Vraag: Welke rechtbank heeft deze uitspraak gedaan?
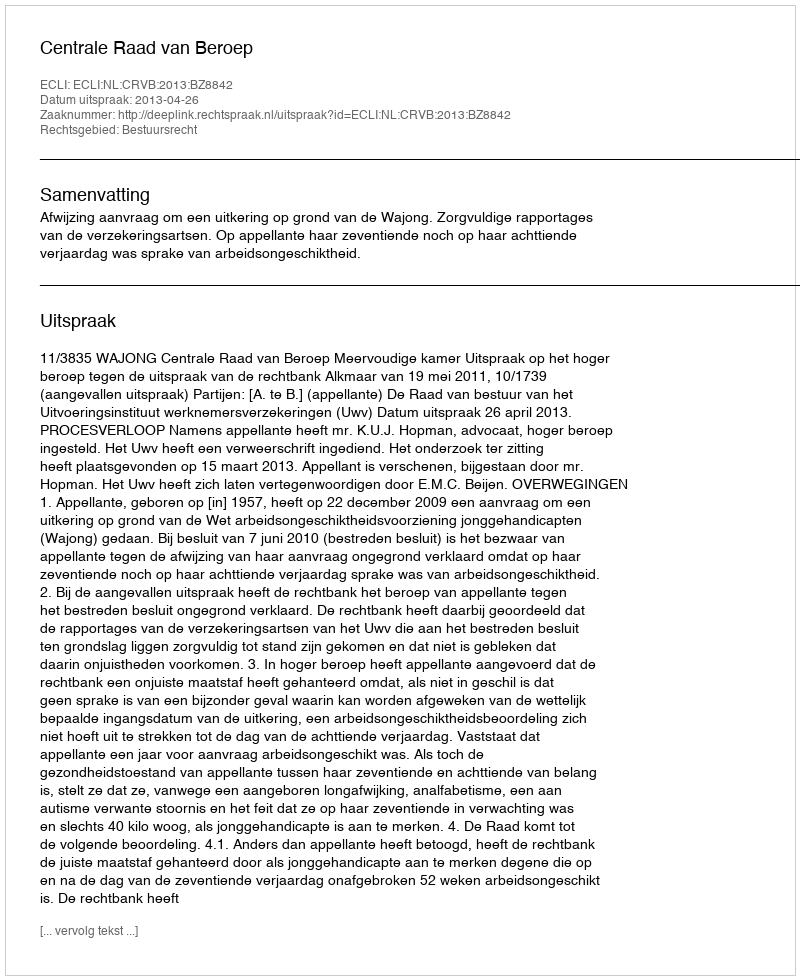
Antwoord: Centrale Raad van Beroep